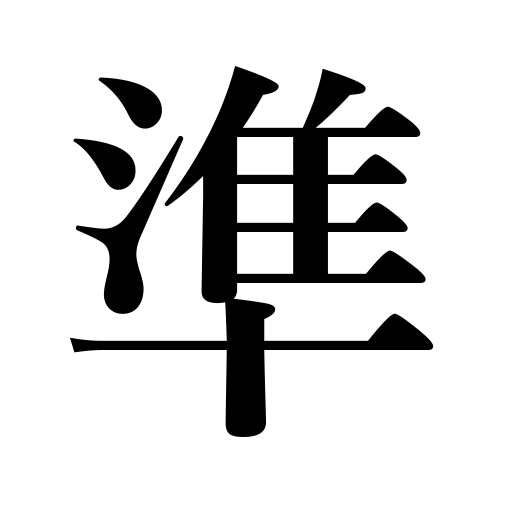
Meanings: conform to,correspond to,be proportionate to,apply correspondingly